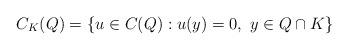
LaTeX: \begin{align*}C_K(Q)=\{u\in C(Q): u(y)=0,\ y\in Q\cap K\}\end{align*}